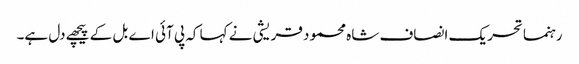
رہنما تحریک انصاف شاہ محمود قریشی نے کہا کہ پی آئی اے بل کے پیچھے دل ہے۔